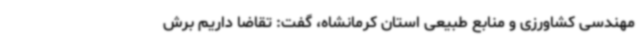
مهندسی کشاورزی و منابع طبیعی استان کرمانشاه، گفت: تقاضا داریم برش